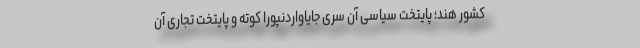
کشور هند؛ پایتخت سیاسی آن سری جایاواردنپورا کوته و پایتخت تجاری آن